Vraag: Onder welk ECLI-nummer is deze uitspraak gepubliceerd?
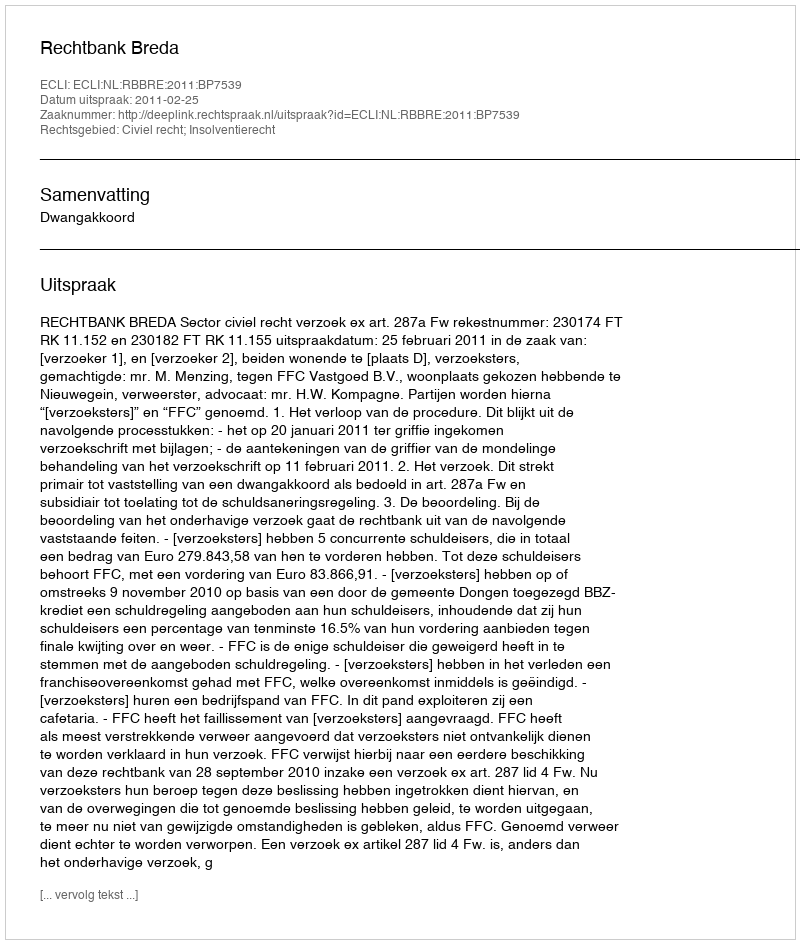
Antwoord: ECLI:NL:RBBRE:2011:BP7539